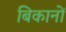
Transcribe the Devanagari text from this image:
बिकानों